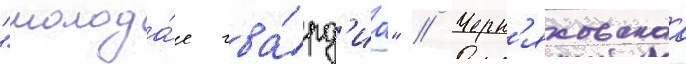
"молода́я гва́рд'иа" // Черн'яховскаа